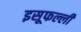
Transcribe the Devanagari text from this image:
इसूफल्ली